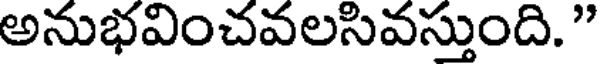
అనుభవించవలసివస్తుంది. "